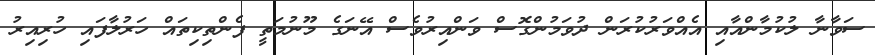
ސަވާނާ ލުކުމާންއާއި އެއްވަރުކުރަން ދުވަމުންގޮސް ވަންއިރުވެސް އޭނަގެ މޫނުމަތީ ފެންތިކިތައް ހަރުލާފައި ހުރިއިރު